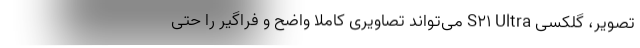
تصویر، گلکسی S21 Ultra می‌تواند تصاویری کاملا واضح و فراگیر را حتی